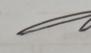
Signature authenticity: genuine